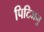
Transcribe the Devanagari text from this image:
पिटिजनु